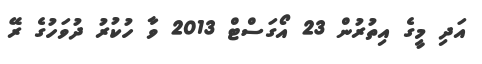
އަދި މީގެ އިތުރުން 23 އޯގަސްޓް 2013 ވާ ހުކުރު ދުވަހުގެ ރޭ